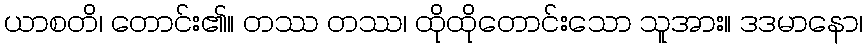
ယာစတိ၊ တောင်း၏။ တဿ တဿ၊ ထိုထိုတောင်းသော သူအား။ ဒဒမာနော၊